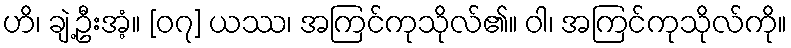
ဟိ၊ ချဲ့ဦးအံ့။ [၀၇] ယဿ၊ အကြင်ကုသိုလ်၏။ ဝါ၊ အကြင်ကုသိုလ်ကို။